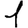
Digit: 1